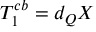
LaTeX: T _ { 1 } ^ { c b } = d _ { Q } X